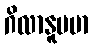
ဂိလာနူပမာ